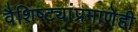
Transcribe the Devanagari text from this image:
वैशिष्ट्यांप्रमाणेही